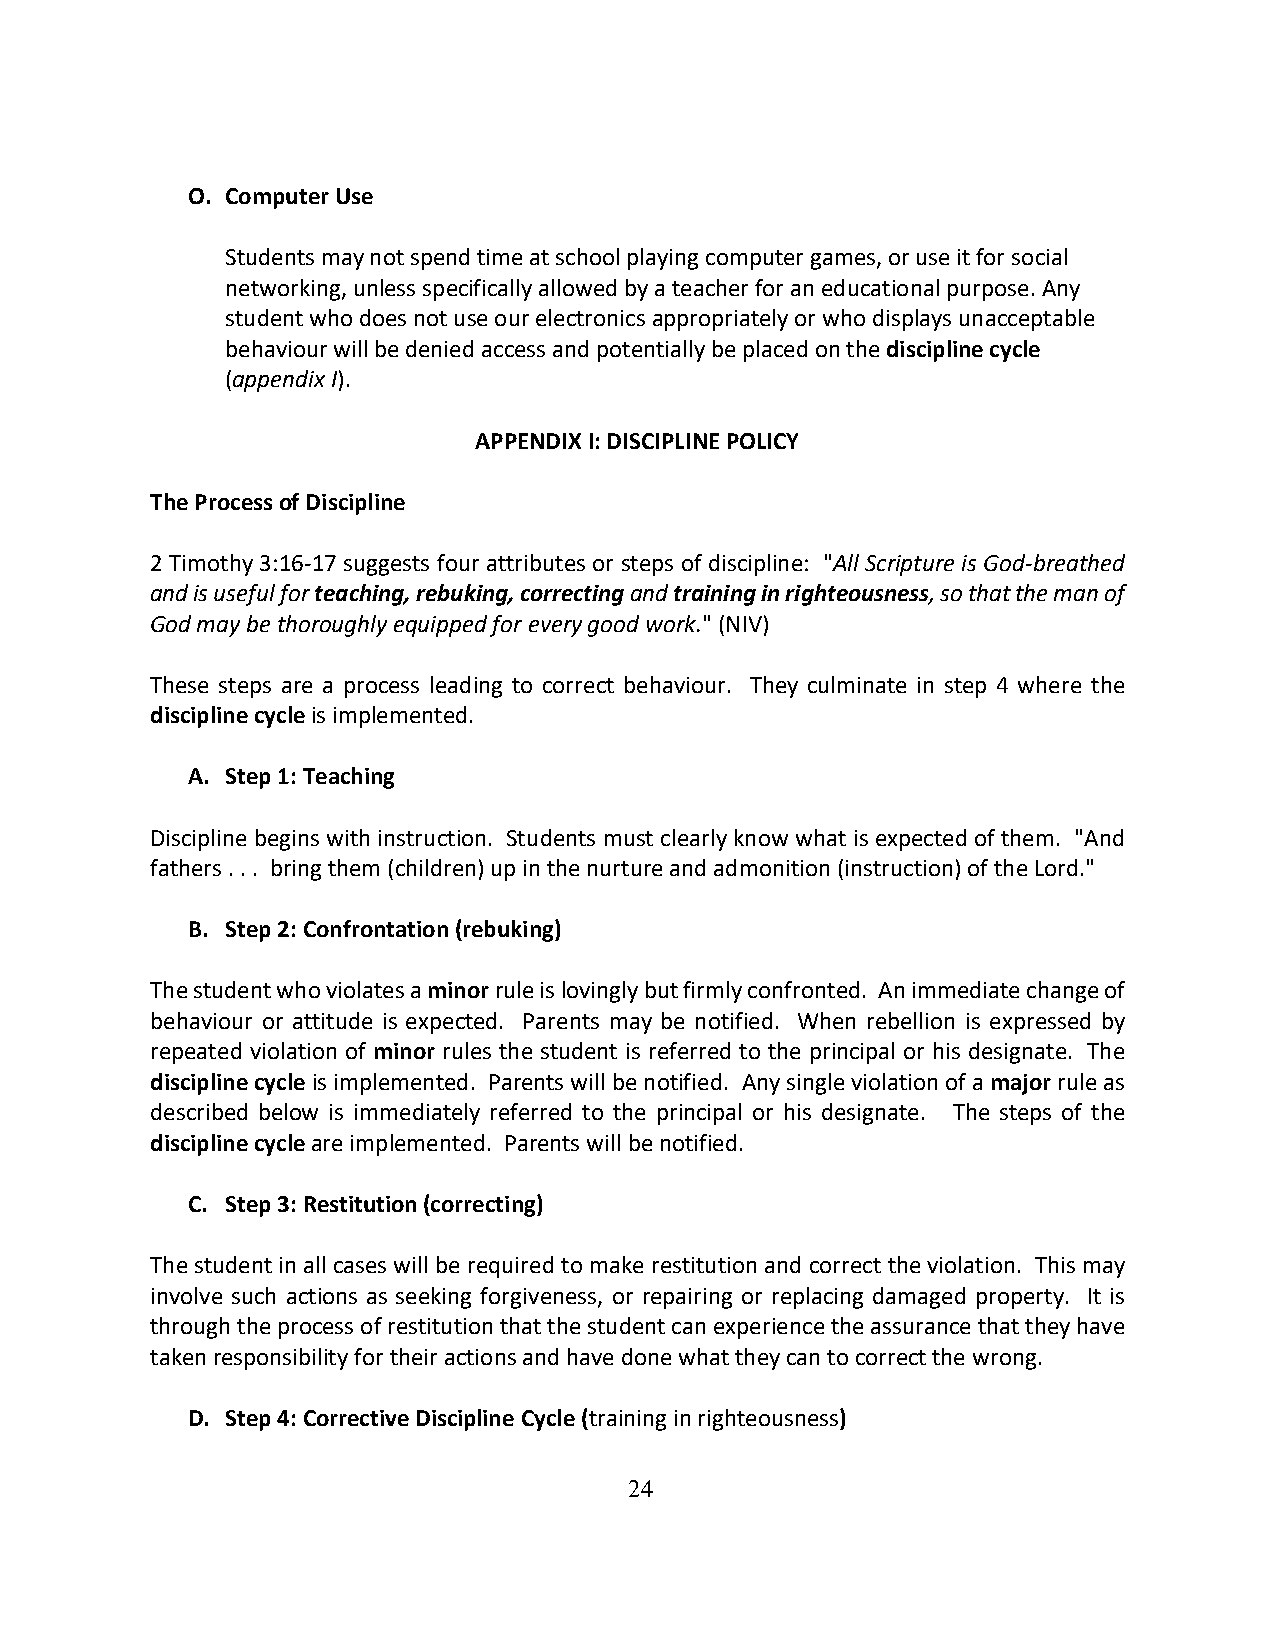
O. Computer Use
 Students may not spend time at school playing computer games, or use it for social
 networking, unless specifically allowed by a teacher for an educational purpose. Any
 student who does not use our electronics appropriately or who displays unacceptable
 behaviour will be denied access and potentially be placed on the discipline cycle
 (appendix I).
 APPENDIX I: DISCIPLINE POLICY
 The Process of Discipline
 2 Timothy 3:16-17 suggests four attributes or steps of discipline: "All Scripture is God-breathed
 and is useful for teaching, rebuking, correcting and training in righteousness, so that the man of
 God may be thoroughly equipped for every good work." (NIV)
 These steps are a process leading to correct behaviour. They culminate in step 4 where the
 discipline cycle is implemented.
 A. Step 1: Teaching
 Discipline begins with instruction. Students must clearly know what is expected of them. "And
 fathers . . . bring them (children) up in the nurture and admonition (instruction) of the Lord."
 B. Step 2: Confrontation (rebuking)
 The student who violates a minor rule is lovingly but firmly confronted. An immediate change of
 behaviour or attitude is expected. Parents may be notified. When rebellion is expressed by
 repeated violation of minor rules the student is referred to the principal or his designate. The
 discipline cycle is implemented. Parents will be notified. Any single violation of a major rule as
 described below is immediately referred to the principal or his designate. The steps of the
 discipline cycle are implemented. Parents will be notified.
 C. Step 3: Restitution (correcting)
 The student in all cases will be required to make restitution and correct the violation. This may
 involve such actions as seeking forgiveness, or repairing or replacing damaged property. It is
 through the process of restitution that the student can experience the assurance that they have
 taken responsibility for their actions and have done what they can to correct the wrong.
 D. Step 4: Corrective Discipline Cycle (training in righteousness)
 24